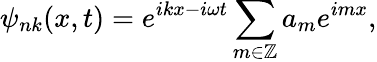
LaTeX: \psi_{nk}(x,t)=e^{ikx-i\omega t}\sum_{m\in\mathbb{Z}}a_{m}e^{imx},